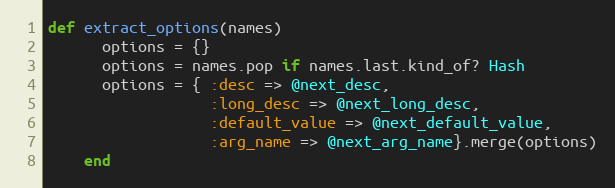
Language: Ruby
def extract_options(names)
      options = {}
      options = names.pop if names.last.kind_of? Hash
      options = { :desc => @next_desc,
                  :long_desc => @next_long_desc,
                  :default_value => @next_default_value,
                  :arg_name => @next_arg_name}.merge(options)
    end